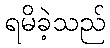
ရမိခဲ့သည်